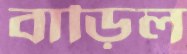
বাড়িল